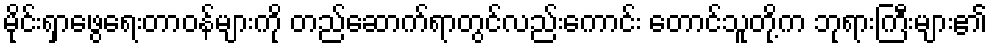
မိုင်းရှာဖွေရေးတာဝန်များကို တည်ဆောက်ရာတွင်လည်းကောင်း တောင်သူတို့က ဘုရားကြီးများ၏